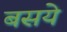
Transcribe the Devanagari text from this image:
बसये